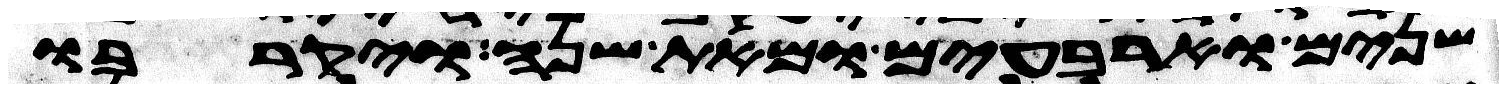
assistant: שנים וארבעים ומאת שנה ויקרבו